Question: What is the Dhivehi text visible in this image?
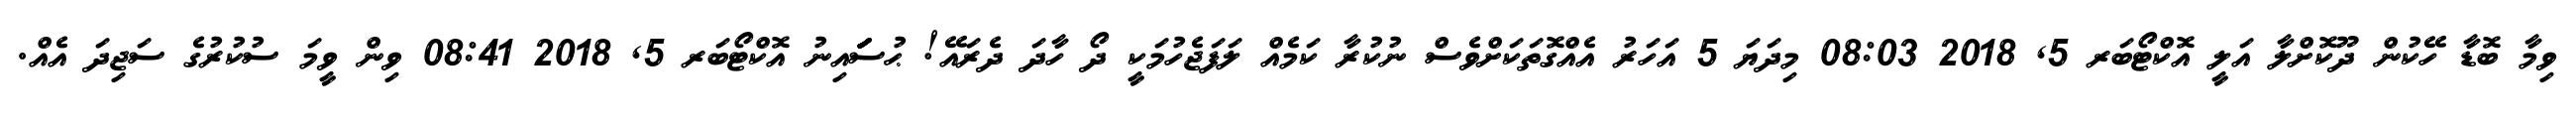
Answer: ވިމާ ބޮޑާ ހޭކުން ދޫކޮށްލާ އަލީ އޮކްޓޯބަރ 5, 2018 08:03 މިދަޔަ 5 އަހަރު އެއްގޮތަކަށްވެސް ނުކުރާ ކަމެއް ލަފަޖެހުމަކީ ދޯ ހާދަ ދެރައޭ! ޙުސަަަަަަަައިނު އޮކްޓޯބަރ 5, 2018 08:41 ވިން ވީމަ ސުކުރުގެ ސަޖިދަ އެއް.